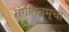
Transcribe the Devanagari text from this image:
संगीतचमूचा